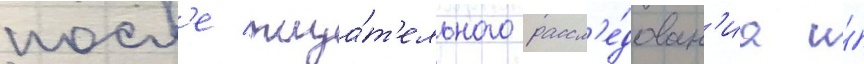
посл'е тща́т'ельного рассл'е́дован'иа и́